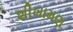
શીખામણ